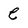
Character: e